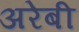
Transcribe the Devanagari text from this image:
अरेबी